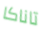
تاناكا